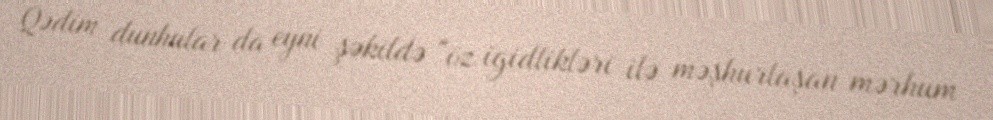
Qədim dunhular da eyni şəkildə "öz igidlikləri ilə məşhurlaşan mərhum